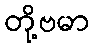
တို့ဗမာ